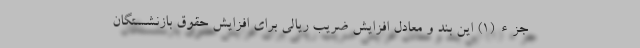
جزء (۱) این بند و معادل افزایش ضریب ریالی برای افزایش حقوق بازنشستگان